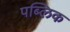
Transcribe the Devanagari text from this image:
पब्‍लिक